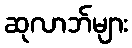
ဆုလာဘ်များ